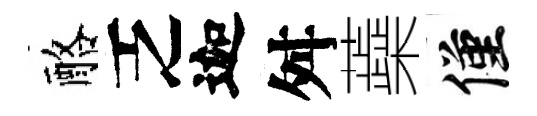
酪乏迦舛蘃僅